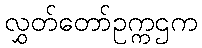
လွှတ်တော်ဥက္ကဌက